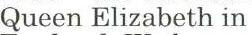
Queen Elizabeth in